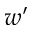
w ^ { \prime }